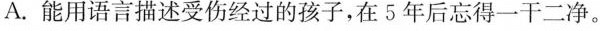
)A.能用语言描述受伤经过的孩子，在5年后忘得一干二净。